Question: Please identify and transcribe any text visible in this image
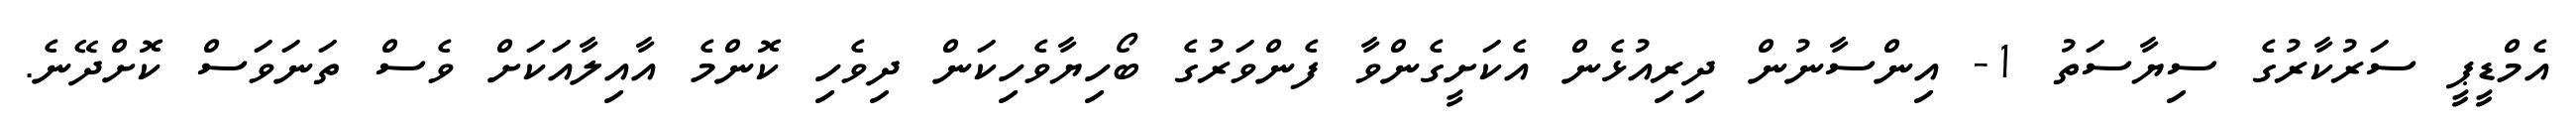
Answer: އެމްޑީޕީ ސަރުކާރުގެ ސިޔާސަތު 1- އިންސާނުން ދިރިއުޅެން އެކަށީގެންވާ ފެންވަރުގެ ބޯހިޔާވެހިކަން ދިވެހި ކޮންމެ އާއިލާއަކަށް ވެސް ތަނަވަސް ކޮށްދޭނެ.